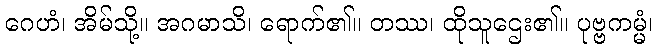
ဂေဟံ၊ အိမ်သို့။ အဂမာသိ၊ ရောက်၏။ တဿ၊ ထိုသူဌေး၏။ ပုဗ္ဗကမ္မံ၊